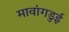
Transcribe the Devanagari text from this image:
मावांगडुई